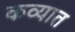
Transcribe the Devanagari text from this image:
कव्यात